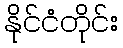
နိုင်ငံတိုင်း